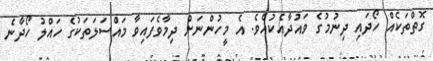
ގޮތްތަކެއް ހޯދައި ދިނުމުގެ ވައުދާއެކުއެވެ. އެ މީހުންނަށް ދިމާވެފައިވާ މައްސަލަތަކުގެ ހައްލު ހޯދާނެ